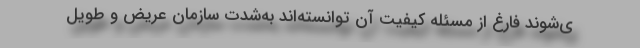
ی‌شوند فارغ از مسئله کیفیت آن توانسته‌اند به‌شدت سازمان عریض و طویل